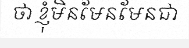
ថា ខ្ញុំមិនមែនមែនជា